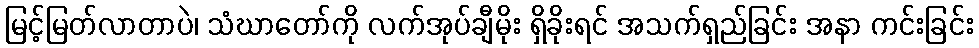
မြင့်မြတ်လာတာပဲ၊ သံဃာတော်ကို လက်အုပ်ချီမိုး ရှိခိုးရင် အသက်ရှည်ခြင်း အနာ ကင်းခြင်း